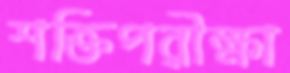
শক্তিপরীক্ষা